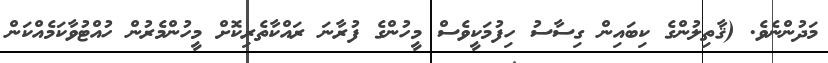
މަދުންނެވެ. (ޤާތިލުންގެ ކިބައިން ގިސާސު ހިފުމަކީވެސް މީހުންގެ ފުރާނަ ރައްކާތެރިކޮށް މީހުންމެރުން ހުއްޓުވާކަމެއްކަން